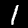
Digit: 1